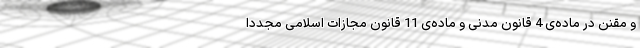
و مقنن در ماده‌ی 4 قانون مدنی و ماده‌ی 11 قانون مجازات اسلامی مجدداً